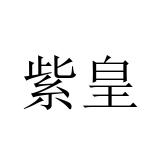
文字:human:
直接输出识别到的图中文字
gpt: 紫皇